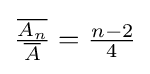
{\textstyle {\frac {\overline {A_{n}}}{\overline {A}}}={\frac {n-2}{4}}}